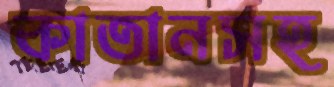
কাতানসহ